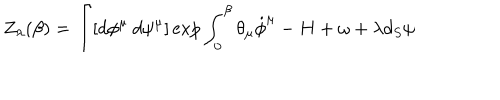
LaTeX: Z _ { \lambda } ( \beta ) = \int [ d \phi ^ { \mu } \: d \psi ^ { \mu } ] \exp { \int _ { 0 } ^ { \beta } \theta _ { \mu } \dot { \phi } ^ { \mu } - H + \omega + \lambda d _ { S } \psi }